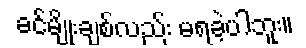
ခင်မျိုးချစ်လည်း မရခဲ့ပါဘူး။